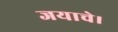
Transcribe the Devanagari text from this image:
जयाचे।